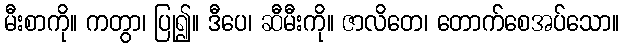
မီးစာကို။ ကတွာ၊ ပြု၍။ ဒီပေ၊ ဆီမီးကို။ ဇာလိတေ၊ တောက်စေအပ်သော။